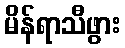
မိန်ရာသီဖွား